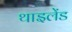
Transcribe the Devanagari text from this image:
थाइलेंड